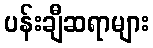
ပန်းချီဆရာများ